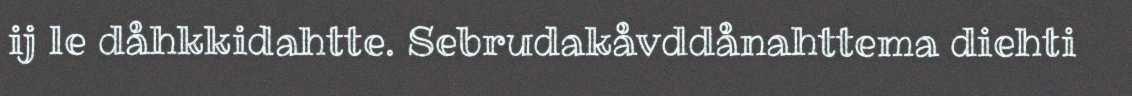
ij le dåhkkidahtte. Sebrudakåvddånahttema diehti